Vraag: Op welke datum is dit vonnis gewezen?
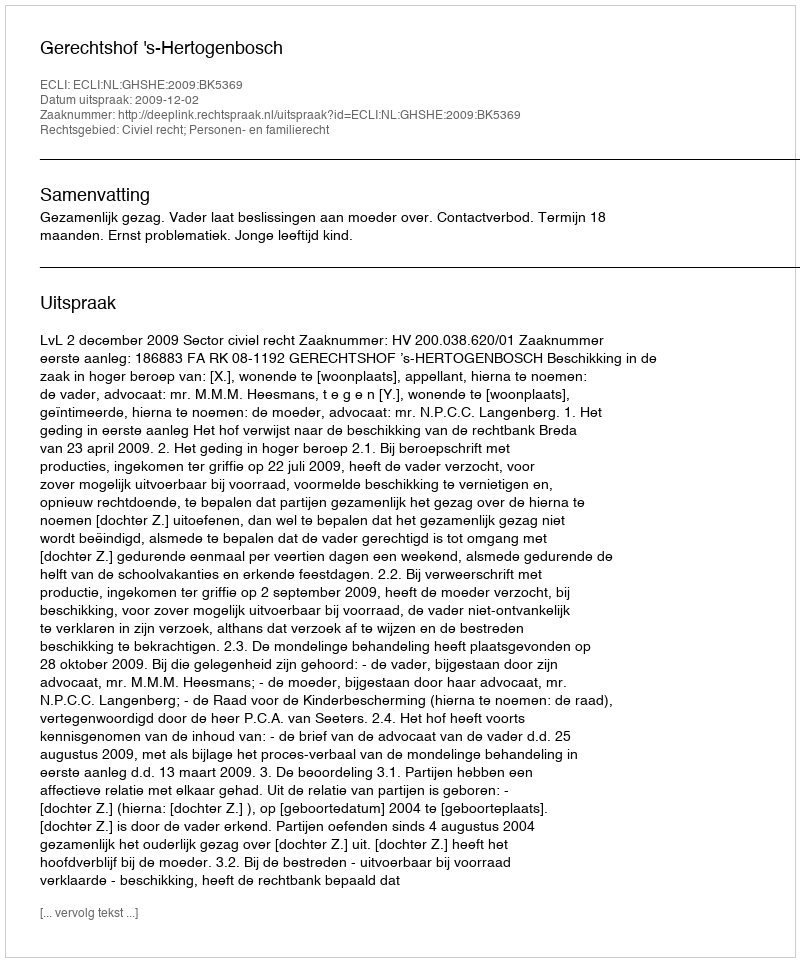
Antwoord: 2009-12-02